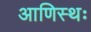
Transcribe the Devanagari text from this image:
आणिस्थः